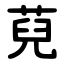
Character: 萖